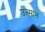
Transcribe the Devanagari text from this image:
उल्मान